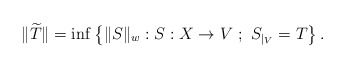
\begin{align*}\|\widetilde{T}\|=\inf\left\{\|S\|_w:S:X \to V \ ; \ S_{|_V} =T\right\}.\end{align*}